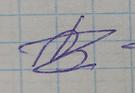
Signature authenticity: forged